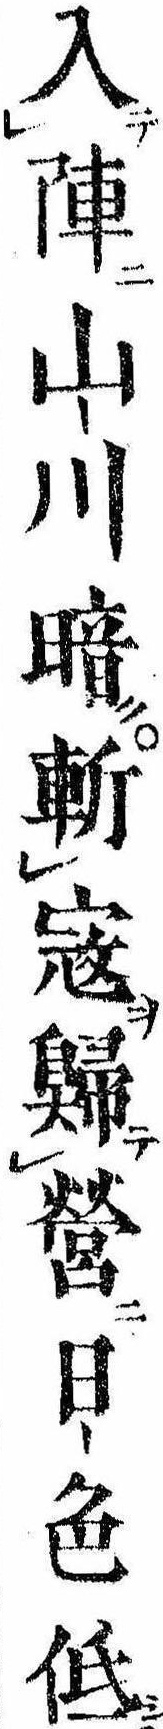
入陣山川暗斬寇帰営日色低